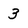
Character: 3